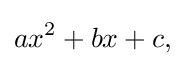
ax^{2}+bx+c,\